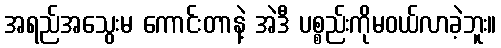
အရည်အသွေးမ ကောင်းတာနဲ့ အဲဒီ ပစ္စည်းကိုမဝယ်လာခဲ့ဘူး။